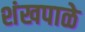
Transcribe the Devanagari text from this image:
शंखपाळे